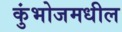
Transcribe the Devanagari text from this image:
कुंभोजमधील